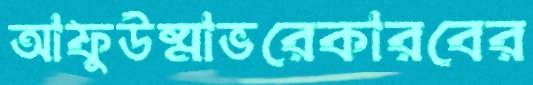
আফুউষ্মাভরেকারবের